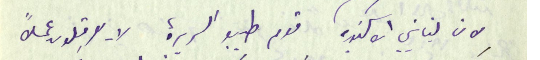
لان لبنانيي الاسكندريه قوم طيبو السريرة لا يعرقِلون عملاً